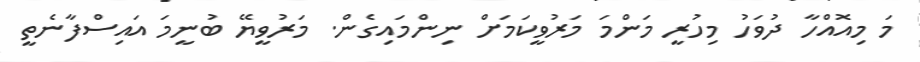
މަ މިއޮއްހާ ދުވަހު މިހުރީ މަންމަ މަރުވީކަމަށް ނިންމައިގެން. މަރުވީޔޭ ބުނީމަ އައިސްފާނެތީ